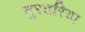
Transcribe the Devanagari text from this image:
तुरतरिया